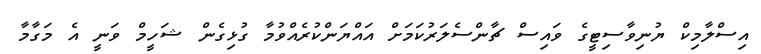
އިސްލާމިކް ޔުނިވާސިޓީގެ ވައިސް ޗާންސެލަރުކަމަށް އައްޔަންކުރެއްވުމާ ގުޅިގެން ޝަހީމް ވަނީ އެ މަގާމާ